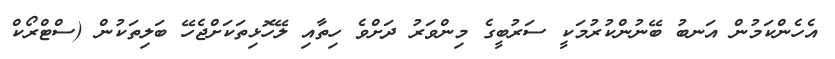
އެހެންކަމުން އަނބު ބޭނުންކުރުމަކީ ސަރުބީގެ މިންވަރު ދަށްވެ ހިތާއި ލޭހޮޅިތަކަށްޖެހޭ ބަލިތަކުން (ސްޓްރޯކް